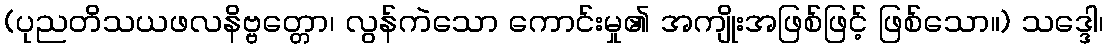
(ပုညတိသယဖလနိဗ္ဗတ္တော၊ လွန်ကဲသော ကောင်းမှု၏ အကျိုးအဖြစ်ဖြင့် ဖြစ်သော။) သဒ္ဒေါ၊